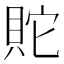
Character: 𰶿